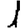
Digit: 1